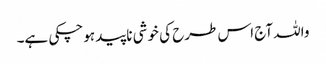
واللہ آج اس طرح کی خوشی ناپید ہوچکی ہے۔